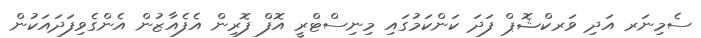
ސެމިނަރ އަދި ވަރކްޝޮޕް ފަދަ ކަންކަމުގައި މިނިސްޓްރީ އޮފް ފޮރިން އެފެއާޒުން އެންގެވިފަދައަކުން